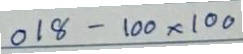
018 - 100x100